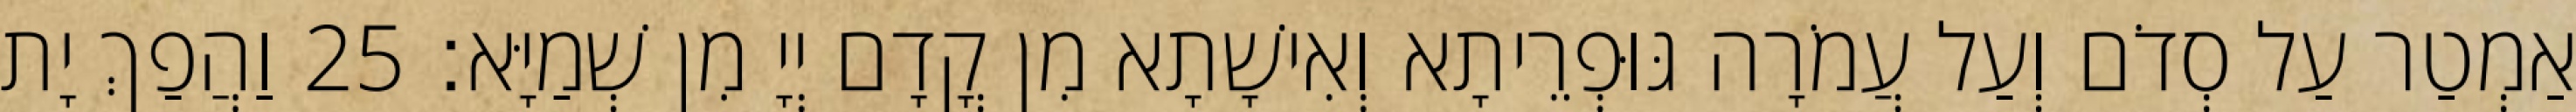
אַמְטַר עַל סְדֹם וְעַל עֲמֹרָה גּוּפְרֵיתָא וְאִישָׁתָא מִן קֳדָם יְיָ מִן שְׁמַיָּא׃ 25 וַהֲפַךְ יָת